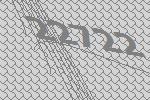
22722